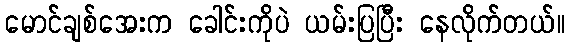
မောင်ချစ်အေးက ခေါင်းကိုပဲ ယမ်းပြပြီး နေလိုက်တယ်။